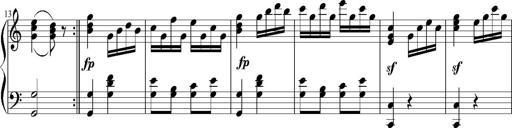
Title: 12 Sonatinas for Piano
Composer: Johann Baptist Vanhal